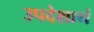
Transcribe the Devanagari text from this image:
उपदेशार्थ